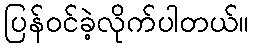
ပြန်ဝင်ခဲ့လိုက်ပါတယ်။